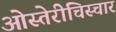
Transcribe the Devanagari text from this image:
ओस्तेरीचिस्चार